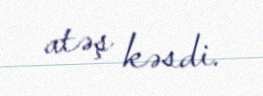
atəş kəsdi.